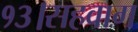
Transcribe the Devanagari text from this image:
१३।सहवाग